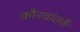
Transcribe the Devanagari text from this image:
कौरवांतर्फे